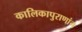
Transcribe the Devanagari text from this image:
कालिकापुराणांन